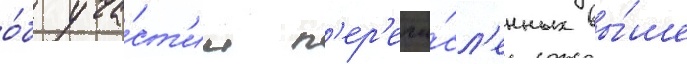
о́б уча́ст'ии п'ер'ечи́сл'енных вы́ше